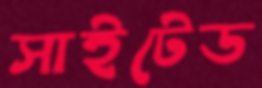
সাইটেড